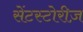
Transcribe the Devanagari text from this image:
सेंटस्टोरीज़